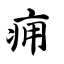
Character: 痈